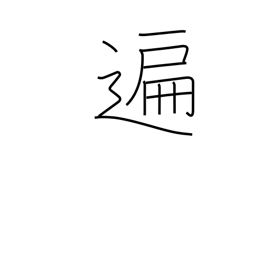
Meaning: generally